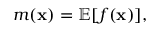
m ( \mathbf { x } ) = \mathbb { E } [ f ( \mathbf { x } ) ] ,